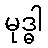
မုဒ္ဓါ